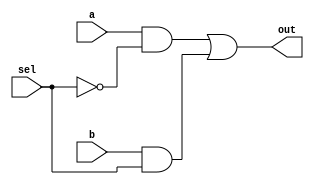
module MUX2_1(
input a,b,sel,  //a,b,sel
output out      //out
);
  wire a1, b1, sel_n;  //
  not u1 (sel_n,sel ); // 
  and u2 (a1,a,sel_n); // 
  and u3 (b1,b,sel  ); // 
  or u4  (out,a1,b1 ); // 
endmodule